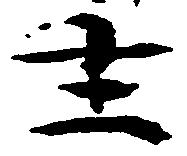
主